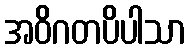
အဝိဂတပိပါသာ